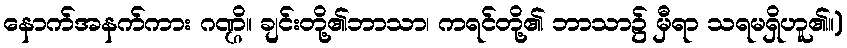
နောက်အနက်ကား ဂဏ္ဌိ။ ချင်းတို့၏ဘာသာ၊ ကရင်တို့၏ ဘာသာ၌ မှီရာ သရမရှိဟူ၏။)